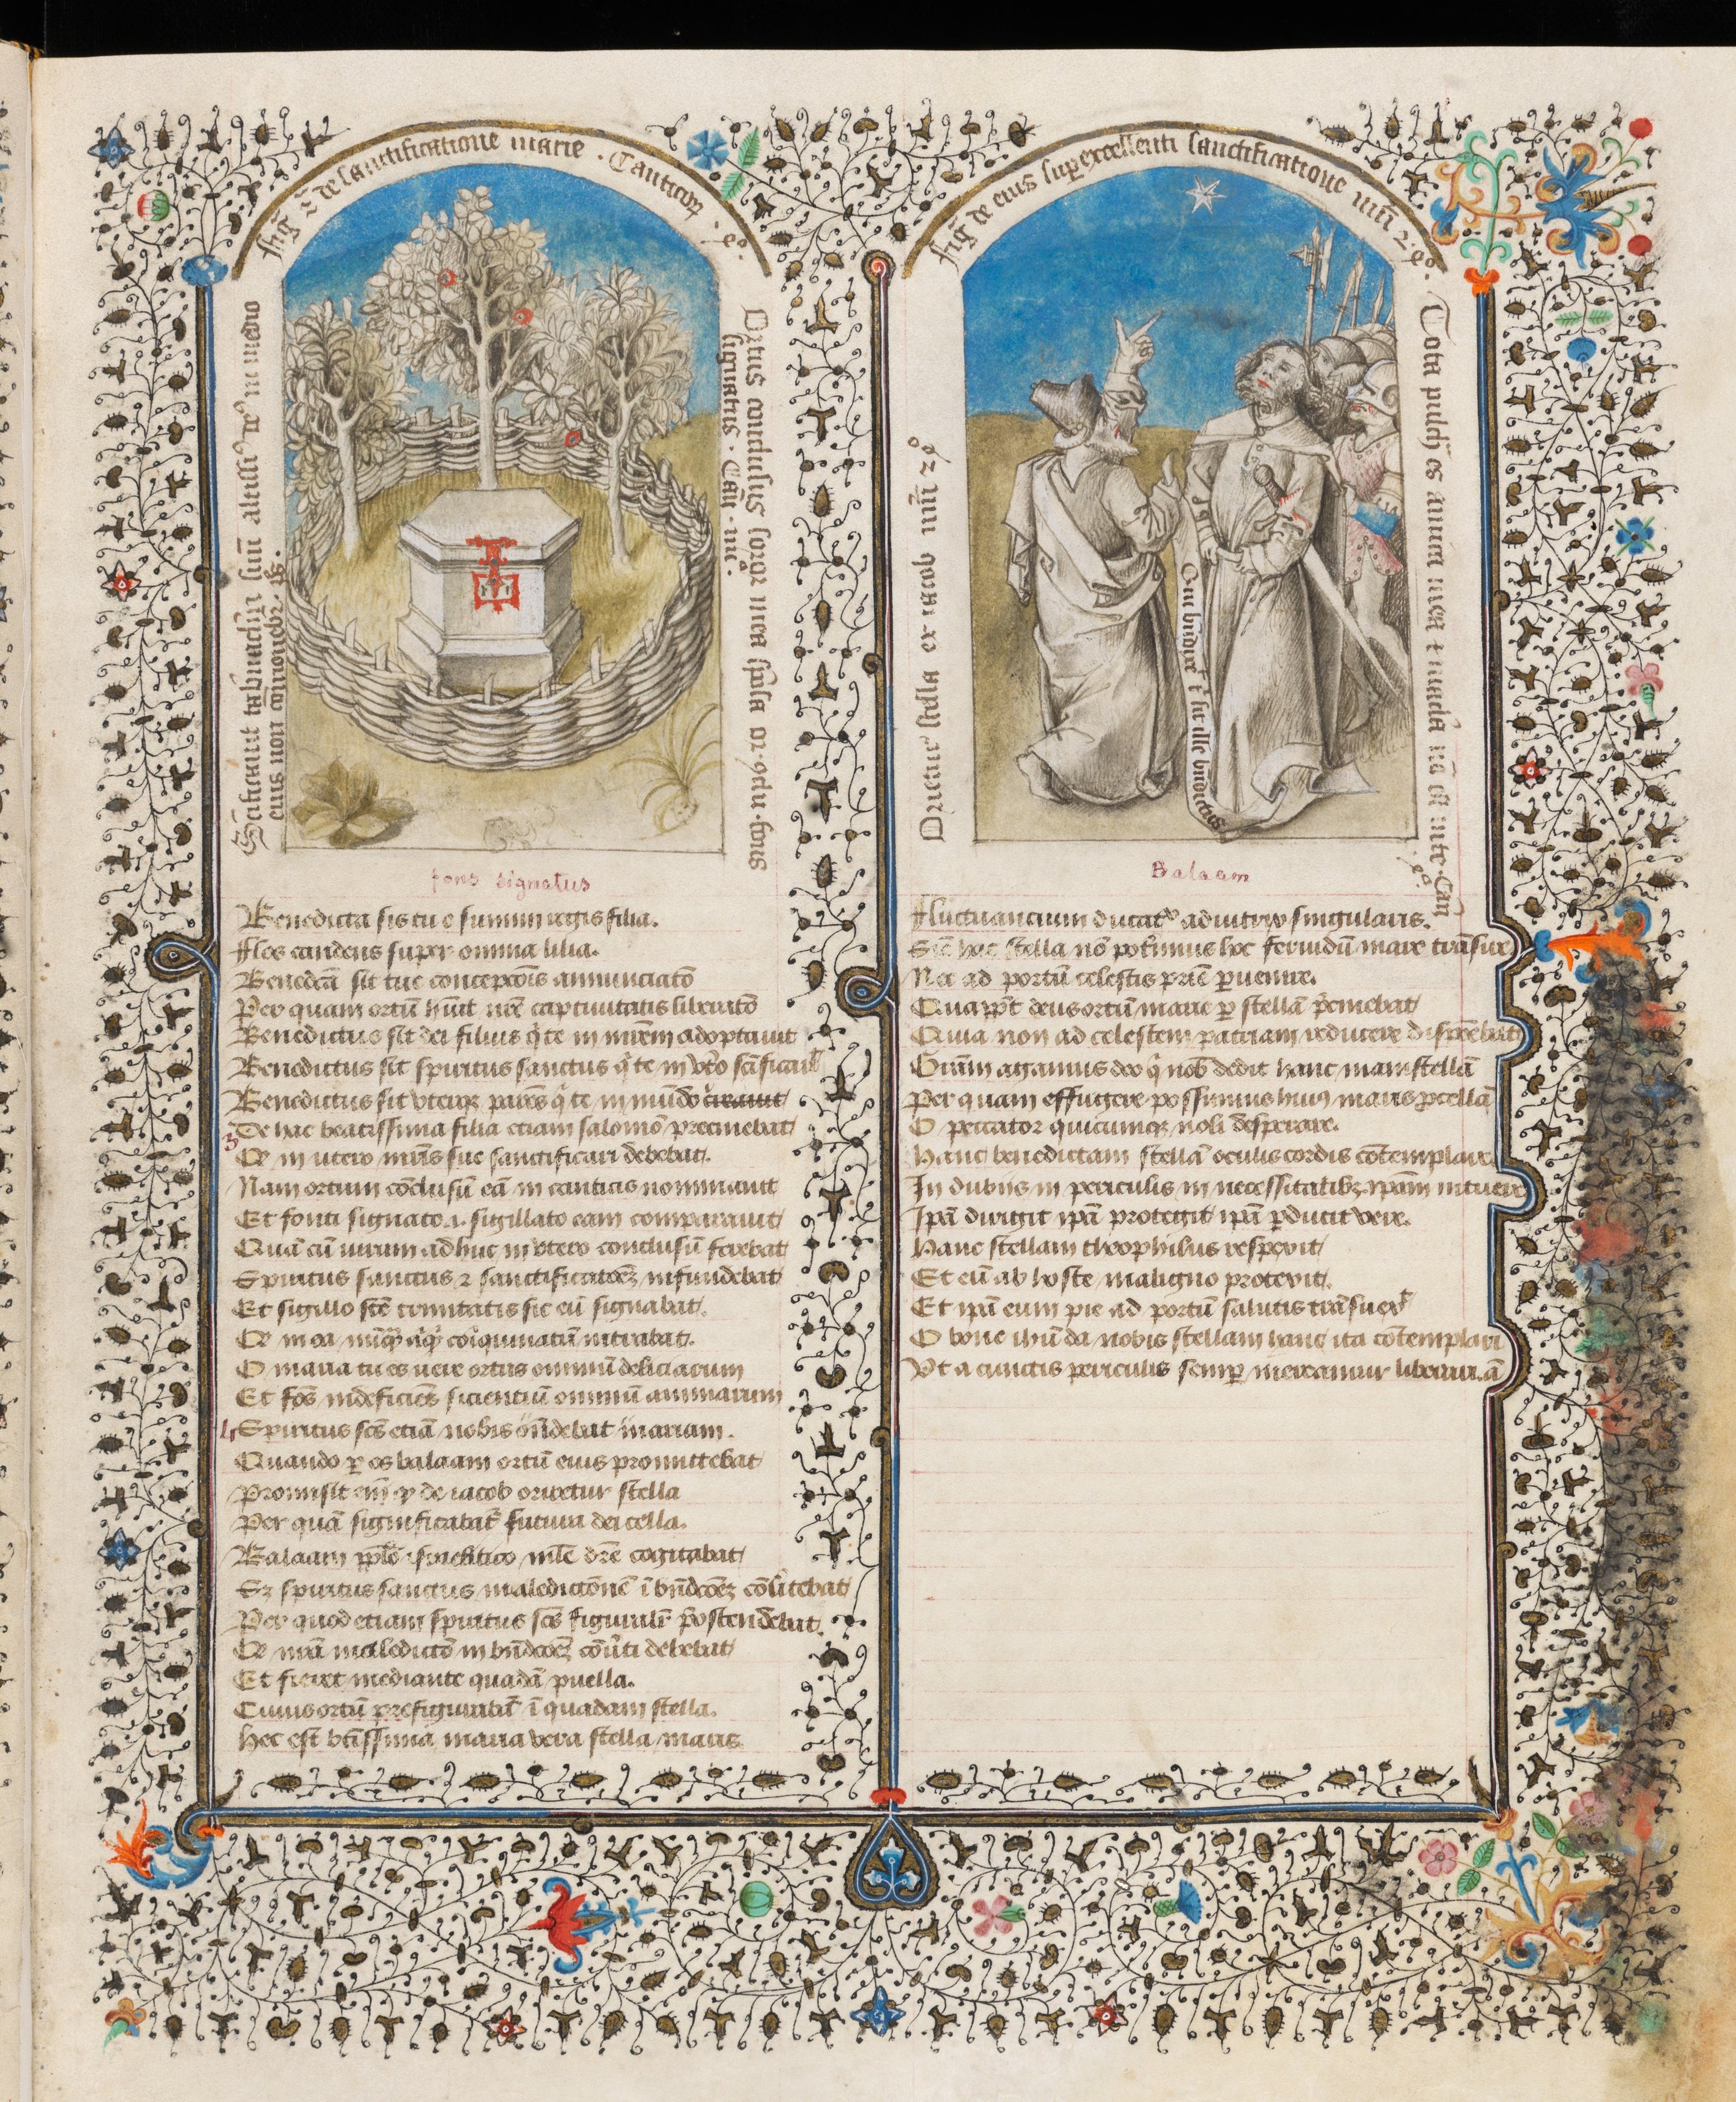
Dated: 1430–1450